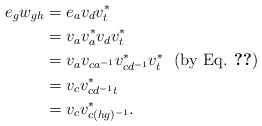
\begin{align*}e_{g}w_{gh}&=e_{a}v_{d}v_{t}^{*} \\ &=v_{a}v_{a}^{*}v_{d}v_{t}^{*} \\ &=v_{a}v_{ca^{-1}}v_{cd^{-1}}^{*}v_{t}^{*} ~~(\textrm{by Eq. \ref{isometries}})\\ &=v_{c}v_{cd^{-1}t}^{*} \\ &=v_{c}v_{c(hg)^{-1}}^{*}.\end{align*}